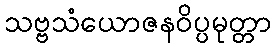
သဗ္ဗသံယောဇနဝိပ္ပမုတ္တာ